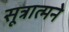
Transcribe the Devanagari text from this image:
सूत्रात्मने